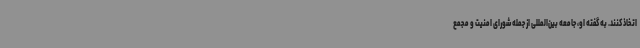
اتخاذ کنند. به گفته او، جامعه بین‌المللی از جمله شورای امنیت و مجمع